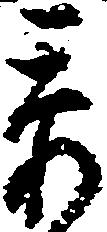
忝